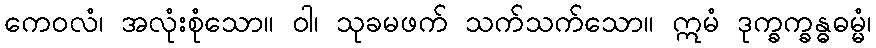
ကေဝလံ၊ အလုံးစုံသော။ ဝါ၊ သုခမဖက် သက်သက်သော။ ဣမံ ဒုက္ခက္ခန္ဓဓမ္မံ၊